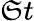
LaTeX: \mathfrak{S}t